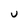
Character: U